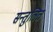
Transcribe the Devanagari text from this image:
सन्‍तुलित